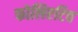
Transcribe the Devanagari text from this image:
फोलिएटिव